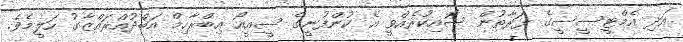
އަދި އެމްޓީސީސީގެ ފަރާތުން ސޮއިކުރެއްވީ އެ ކުންފުނީގެ ސީއީއޯ އިބްރާހިމް އަބްދުއްރައްޒާގު ހަލީމެވެ.